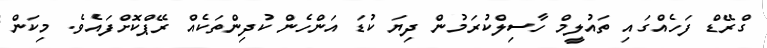
ގްރޭޭޑް ފަހެއްގައި ތައުލީމް ހާސިލްކުރަމުުން ދިިޔަ ކުޑަ އަންހެން ކުދިިންތަކެއް ރޭޕްކޮށްފައެވެެ. މިިކަން